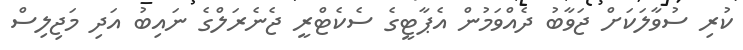
ކުރި ސުވާލަކަށް ޖަވާބު ދެއްވަމުން އެޕާޓީގެ ސެކެޓްރީ ޖެނެރަލްގެ ނައިބު އަދި މަޖިލިސް